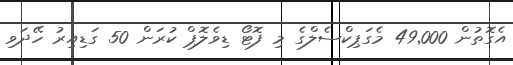
އެގޮތުން 49